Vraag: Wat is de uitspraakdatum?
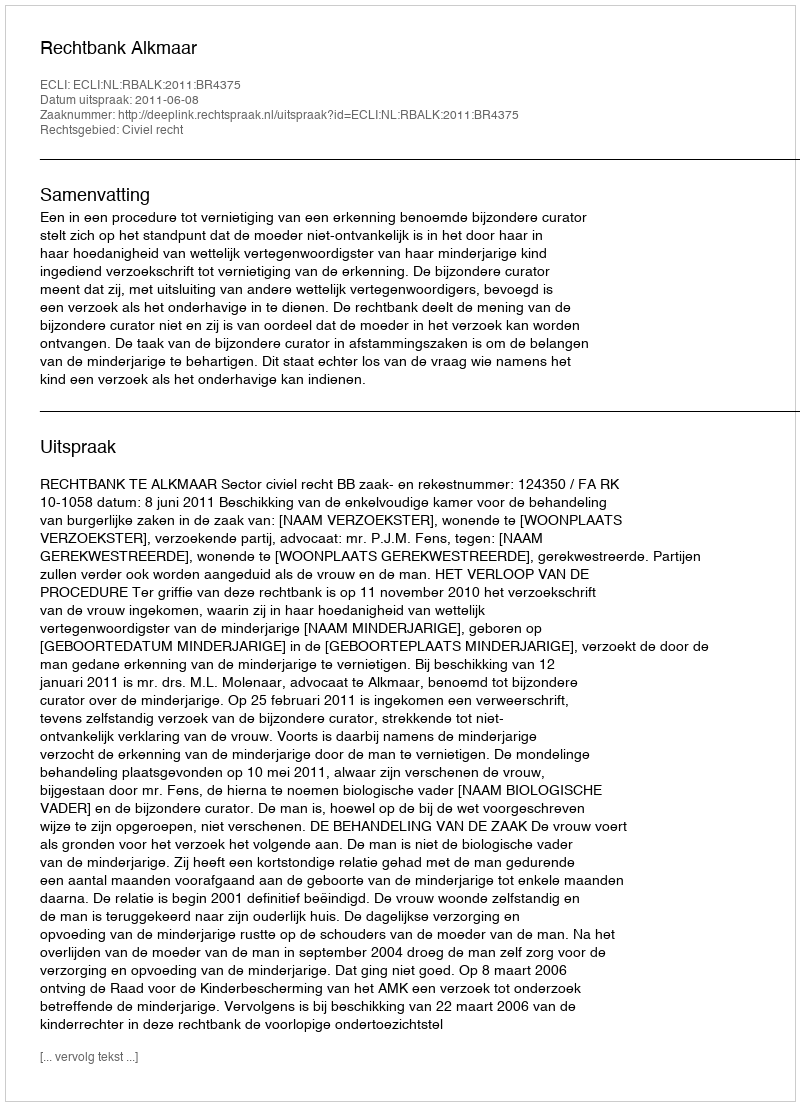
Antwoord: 2011-06-08